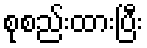
စုစည်းထားပြီး